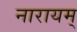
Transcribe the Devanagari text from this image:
नारायम्